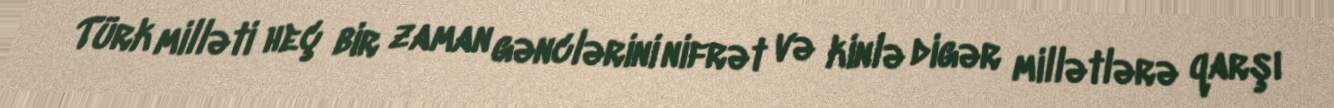
Türk milləti heç bir zaman gənclərini nifrət və kinlə digər millətlərə qarşı